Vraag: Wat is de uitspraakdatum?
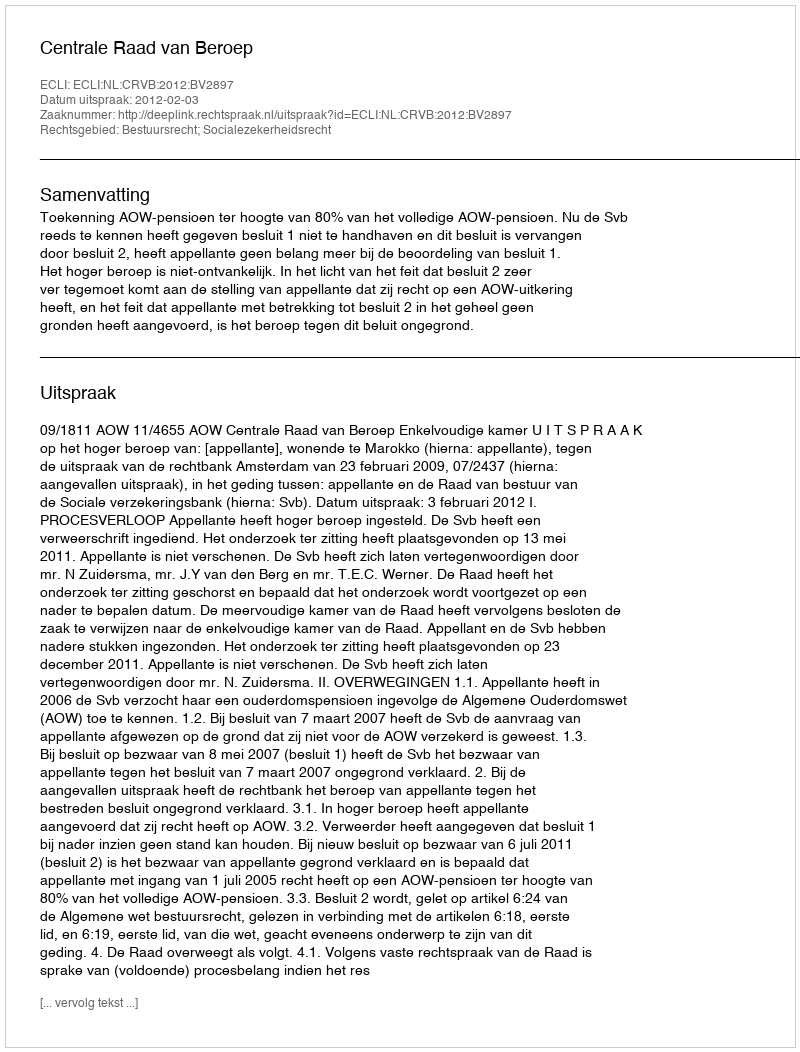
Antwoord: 2012-02-03